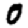
Digit: 0